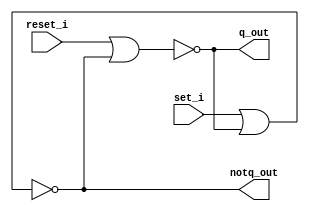
module sr_latch(
    input wire set_i,
    input wire reset_i,
    output wire q_out,
    output wire notq_out
);

    wire q_int, notq_int;

    assign q_int = ~(reset_i | notq_int);
    assign notq_int = ~(set_i | q_int);
    assign q_out = q_int;
    assign notq_out = notq_int;

endmodule